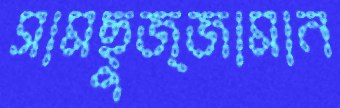
সামছুজ্জামান